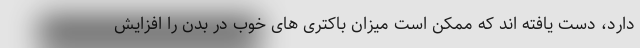
دارد، دست یافته اند که ممکن است میزان باکتری های خوب در بدن را افزایش